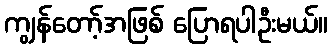
ကျွန်တော့်အဖြစ် ပြောရပါဦးမယ်။